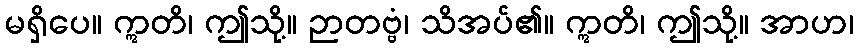
မရှိပေ။ ဣတိ၊ ဤသို့။ ဉာတဗ္ဗံ၊ သိအပ်၏။ ဣတိ၊ ဤသို့။ အာဟ၊